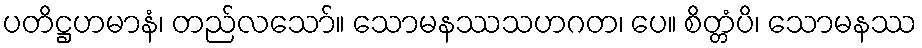
ပတိဋ္ဌဟမာနံ၊ တည်လသော်။ သောမနဿသဟဂတ၊ ပေ။ စိတ္တံပိ၊ သောမနဿ